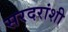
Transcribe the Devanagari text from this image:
सरदरांशी